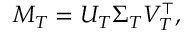
M _ { T } = U _ { T } \Sigma _ { T } V _ { T } ^ { \top } ,